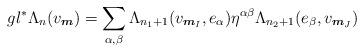
LaTeX: \begin{align*}gl^\ast \Lambda_n(v_{\boldsymbol m}) = \sum_{\alpha , \beta} \Lambda_{n_1 + 1}(v_{\boldsymbol m_I}, e_\alpha)\eta^{\alpha \beta} \Lambda_{n_2 + 1} (e_\beta, v_{\boldsymbol m_J}) \end{align*}